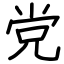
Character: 党